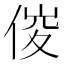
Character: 𠊂